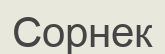
Сорнек